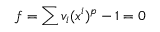
f = \sum v _ { i } ( x ^ { i } ) ^ { p } - 1 = 0